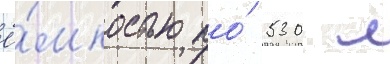
ё́мкостью по́ 530 л